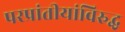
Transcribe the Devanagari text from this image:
परप्रांतीयांविरुद्ध